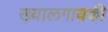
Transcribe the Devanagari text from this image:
ख्यालगायकी